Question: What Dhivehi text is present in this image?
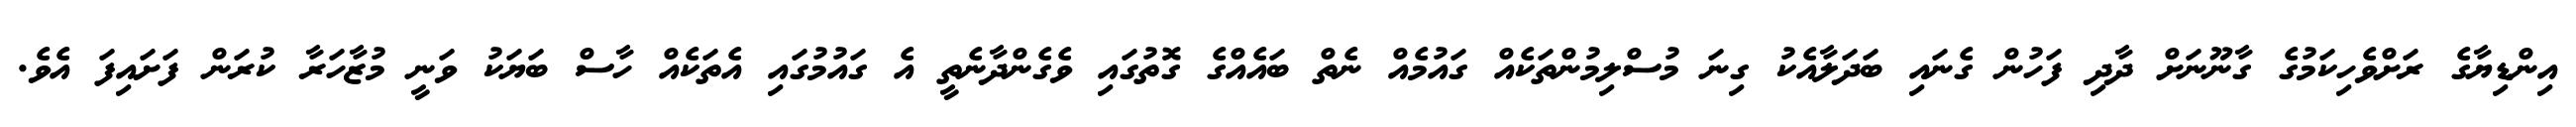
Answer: އިންޑިޔާގެ ރަށްވެހިކަމުގެ ގާނޫނަށް ދާދި ފަހުން ގެނައި ބަދަލާއެކު ގިނަ މުސްލިމުންތަކެއް ގައުމެއް ނެތް ބައެއްގެ ގޮތުގައި ވެގެންދާނެތީ އެ ގައުމުގައި އެތަކެއް ހާސް ބަޔަކު ވަނީ މުޒާހަރާ ކުރަން ފަށައިފަ އެވެ.